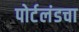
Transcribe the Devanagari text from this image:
पोर्टलंडचा